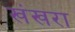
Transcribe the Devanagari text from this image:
खंखरा